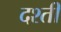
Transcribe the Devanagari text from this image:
दश्ती